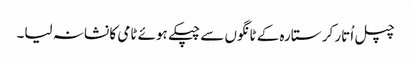
چپل اُتار کر ستارہ کے ٹانگوں سے چپکے ہوئے ٹامی کا نشانہ لیا۔